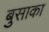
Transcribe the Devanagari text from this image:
बुसाका